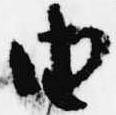
由